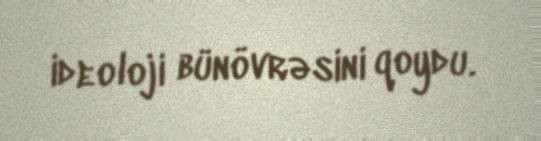
ideoloji bünövrəsini qoydu.